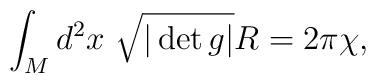
\int_M d^2x\ \sqrt{|\det g|}R=2\pi\chi,